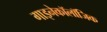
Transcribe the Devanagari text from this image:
गाइनेकॉलॉजिक